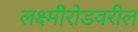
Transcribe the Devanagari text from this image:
लक्ष्मीरोडवरील